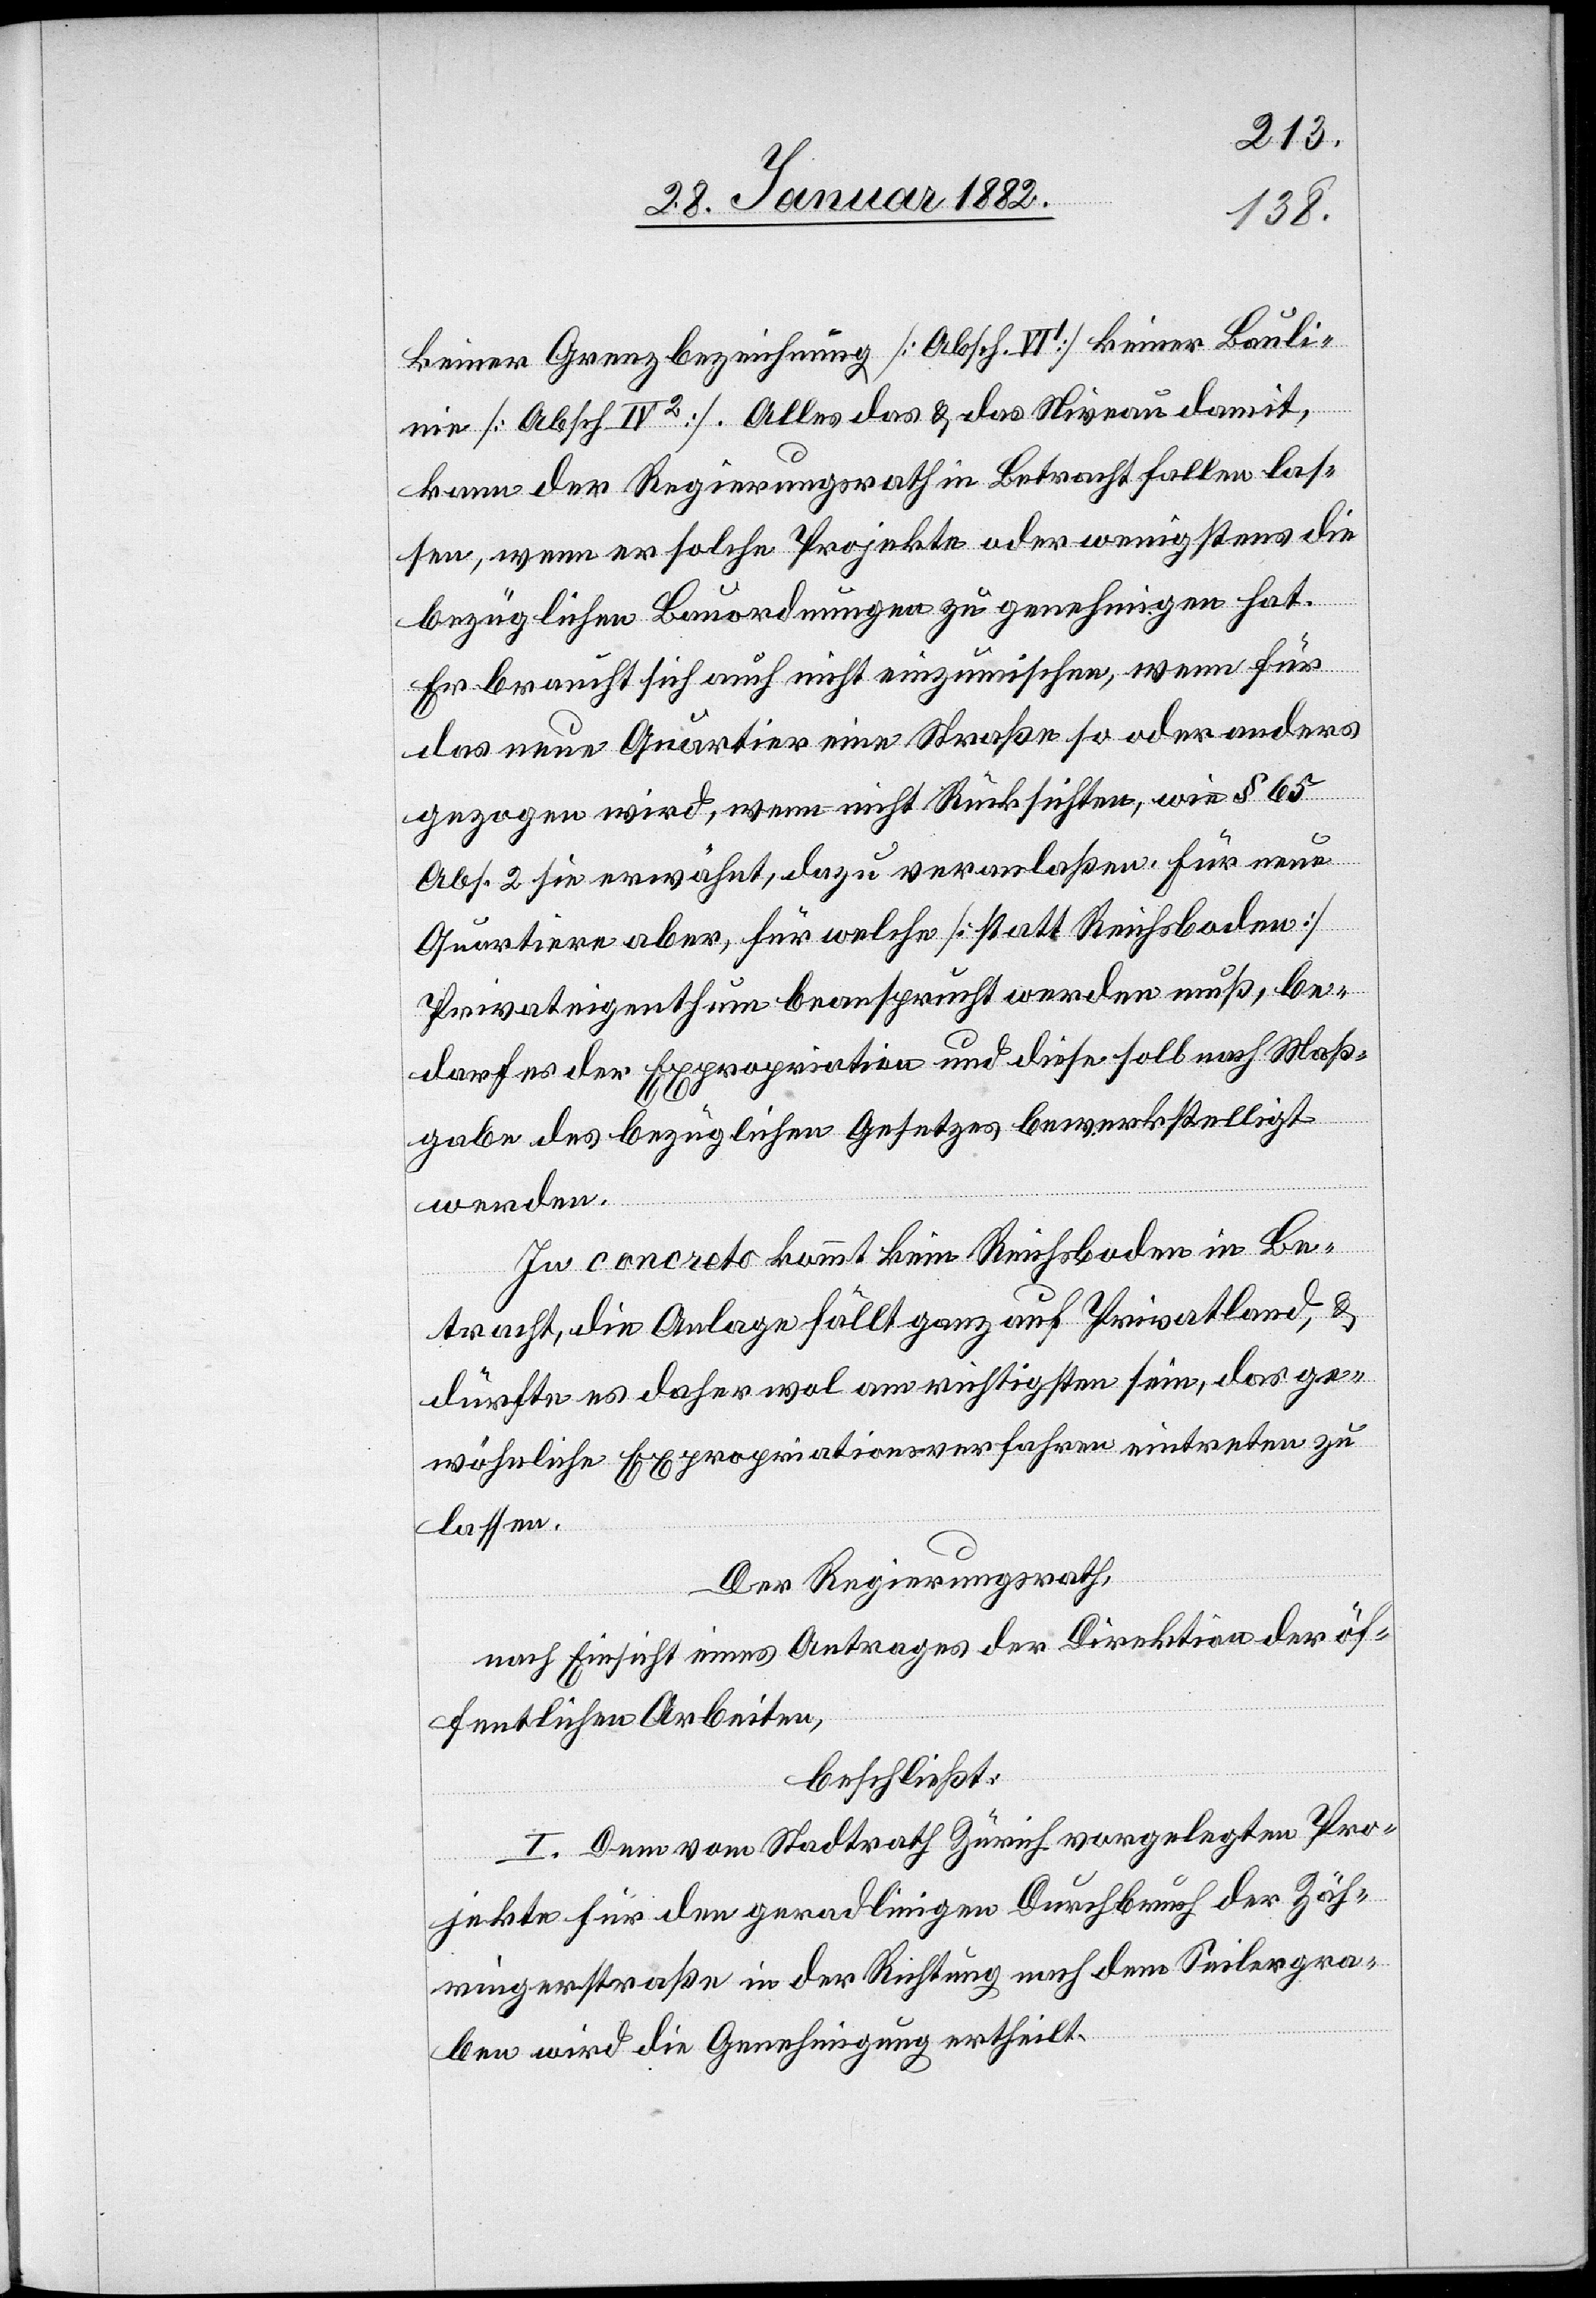
keiner Grenzbezeichnung [Absch. VI1] keiner Bauli¬
nie [Absch. IV2]. Alles das & das Niveau damit,
kann der Regierungsrath in Betracht fallen las¬
sen, wenn er solche Projekte oder wenigstens die
bezüglichen Bauordnungen zu genehmigen hat.
Er braucht sich auch nicht einzumischen, wenn für
das neue Quartier eine Straße so oder anders
gezogen wird, wenn nicht Rücksichten, wie § 65
Abs. 2 sie erwähnt, dazu veranlaßen. Für neue
Quartiere aber, für welche [statt Reichsboden]
Privateigenthum beansprucht werden muß, be¬
darf es der Expropriation und diese soll nach Maß¬
gabe des bezüglichen Gesetzes bewerkstelligt
werden.
In concreto kommt kein Reichsboden in Be¬
tracht, die Anlage fällt ganz auf Privatland, &
dürfte es daher wol am richtigsten sein, das ge¬
wöhnliche Expropriationsverfahren eintreten zu
lassen.
Der Regierungsrath,
nach Einsicht eines Antrages der Direktion der öf¬
fentlichen Arbeiten,
beschließt:
I. Dem vom Stadtrathe Zürich vorgelegten Pro¬
jekten für den geradlinigen Durchbruch der Zäh¬
ringerstraße in der Richtung nach dem Seilergra¬
ben wird die Genehmigung ertheilt.